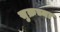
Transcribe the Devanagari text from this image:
सुक्रच्या